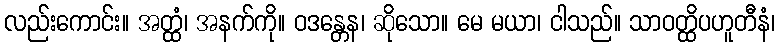
လည်းကောင်း။ အတ္ထံ၊ အနက်ကို။ ဝဒန္တေန၊ ဆိုသော။ မေ မယာ၊ ငါသည်။ သာဝတ္ထိပဟူတီနံ၊